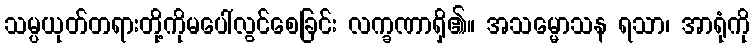
သမ္ပယုတ်တရားတို့ကိုမပေါ်လွင်စေခြင်း လက္ခဏာရှိ၏။ အသမ္မောသန ရသာ၊ အာရုံကို